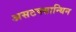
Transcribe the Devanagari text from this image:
असटक्सान्थिन